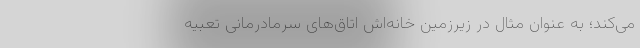
می‌کند؛ به عنوان مثال در زیرزمین خانه‌اش اتاق‌های سرمادرمانی تعبیه